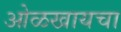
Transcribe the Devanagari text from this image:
ओळखायचा